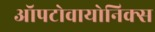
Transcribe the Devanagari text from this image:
ऑपटोवायोनिक्स